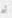
آم